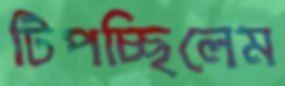
টিপচ্ছিলেম